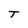
Character: T